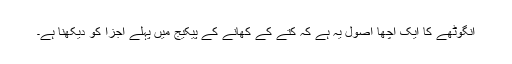
انگوٹھے کا ایک اچھا اصول یہ ہے کہ کتے کے کھانے کے پیکیج میں پہلے اجزا کو دیکھنا ہے۔